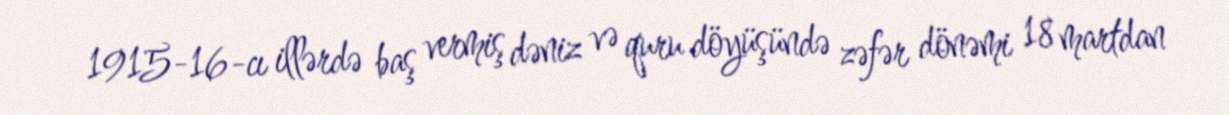
1915-16-cı illərdə baş vermiş dəniz və quru döyüşündə zəfər dönəmi 18 martdan